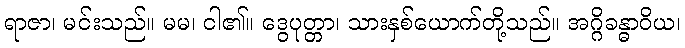
ရာဇာ၊ မင်းသည်။ မမ၊ ငါ၏။ ဒွေပုတ္တာ၊ သားနှစ်ယောက်တို့သည်။ အဂ္ဂိခန္ဓာဝိယ၊